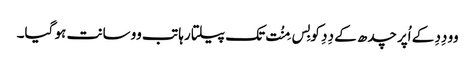
وو دِدِ کے اُپر چدھ کے دِدِ کو بِس مِنُت تک پیلتا رہا تب وو سانت ہو گیا۔